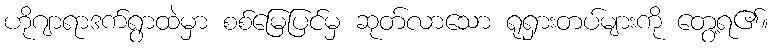
ဟိုဂျာရာဒက်ရွာထဲမှာ စစ်မြေပြင်မှ ဆုတ်လာသော ရုရှားတပ်များကို တွေ့ရ၏။